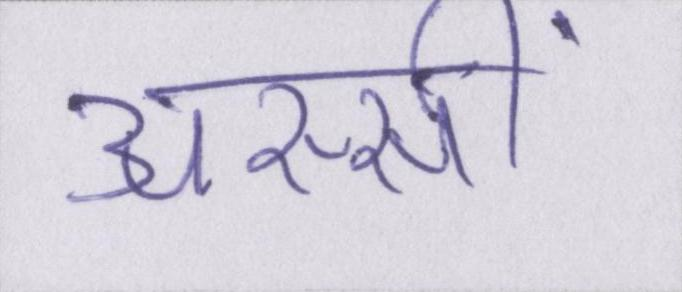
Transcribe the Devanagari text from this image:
अस्सीं